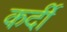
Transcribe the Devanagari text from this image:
कर्दी